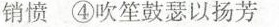
销愤 ④吹笙鼓瑟以扬芳